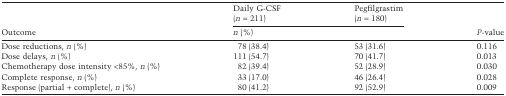
<table><thead><tr><td rowspan="3"><b>Outcome</b></td><td><b>Daily G-CSF (<i>n</i> = 211)</b></td><td><b>Pegfilgrastim (<i>n</i> = 180)</b></td><td></td></tr><tr><td colspan="3"><b><i>n</i> (%)</b></td><td><b><i>P</i>-value</b></td></tr></thead><tbody><tr><td>Dose reductions, <i>n</i> (%)</td><td>78 (38.4)</td><td>53 (31.6)</td><td>0.116</td></tr><tr><td>Dose delays, <i>n</i> (%)</td><td>111 (54.7)</td><td>70 (41.7)</td><td>0.013</td></tr><tr><td>Chemotherapy dose intensity &lt;85%, <i>n</i> (%)</td><td>82 (39.4)</td><td>52 (28.9)</td><td>0.030</td></tr><tr><td>Complete response, <i>n</i> (%)</td><td>33 (17.0)</td><td>46 (26.4)</td><td>0.028</td></tr><tr><td>Response (partial + complete), <i>n</i> (%)</td><td>80 (41.2)</td><td>92 (52.9)</td><td>0.009</td></tr></tbody></table>